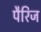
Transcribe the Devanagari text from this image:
पैरिज